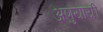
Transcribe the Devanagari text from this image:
अणुयायी